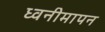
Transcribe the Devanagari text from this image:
ध्वनीमापन